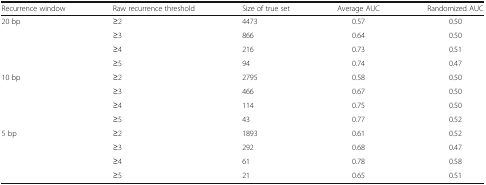
<table><thead><tr><td><b>Recurrence window</b></td><td><b>Raw recurrence threshold</b></td><td><b>Size of true set</b></td><td><b>Average AUC</b></td><td><b>Randomized AUC</b></td></tr></thead><tbody><tr><td rowspan="4">20 bp</td><td>≥2</td><td>4473</td><td>0.57</td><td>0.50</td></tr><tr><td>≥3</td><td>866</td><td>0.64</td><td>0.50</td></tr><tr><td>≥4</td><td>216</td><td>0.73</td><td>0.51</td></tr><tr><td>≥5</td><td>94</td><td>0.74</td><td>0.47</td></tr><tr><td rowspan="4">10 bp</td><td>≥2</td><td>2795</td><td>0.58</td><td>0.50</td></tr><tr><td>≥3</td><td>466</td><td>0.67</td><td>0.50</td></tr><tr><td>≥4</td><td>114</td><td>0.75</td><td>0.50</td></tr><tr><td>≥5</td><td>43</td><td>0.77</td><td>0.52</td></tr><tr><td rowspan="4">5 bp</td><td>≥2</td><td>1893</td><td>0.61</td><td>0.52</td></tr><tr><td>≥3</td><td>292</td><td>0.68</td><td>0.47</td></tr><tr><td>≥4</td><td>61</td><td>0.78</td><td>0.58</td></tr><tr><td>≥5</td><td>21</td><td>0.65</td><td>0.51</td></tr></tbody></table>